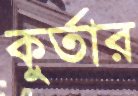
কুর্তার